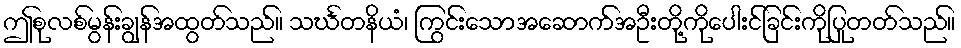
ဤစုလစ်မွန်းချွန်အထွတ်သည်။ သင်္ဃတနိယံ၊ ကြွင်းသောအဆောက်အဦးတို့ကိုပေါးင်ခြင်းကိုပြုတတ်သည်။